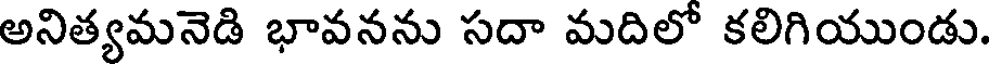
అనిత్యమనెడి భావనను సదా మదిలో కలిగియుండు.